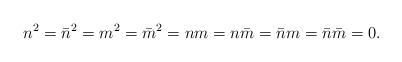
LaTeX: \begin{align*}n^{2}=\bar{n}^{2}=m^{2}=\bar{m}^{2}=nm=n\bar{m}=\bar{n}m=\bar{n}\bar{m}=0.\end{align*}